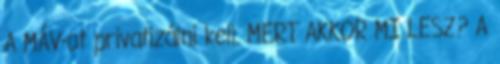
A MÁV-ot privatizálni kell. MERT AKKOR MI LESZ? A